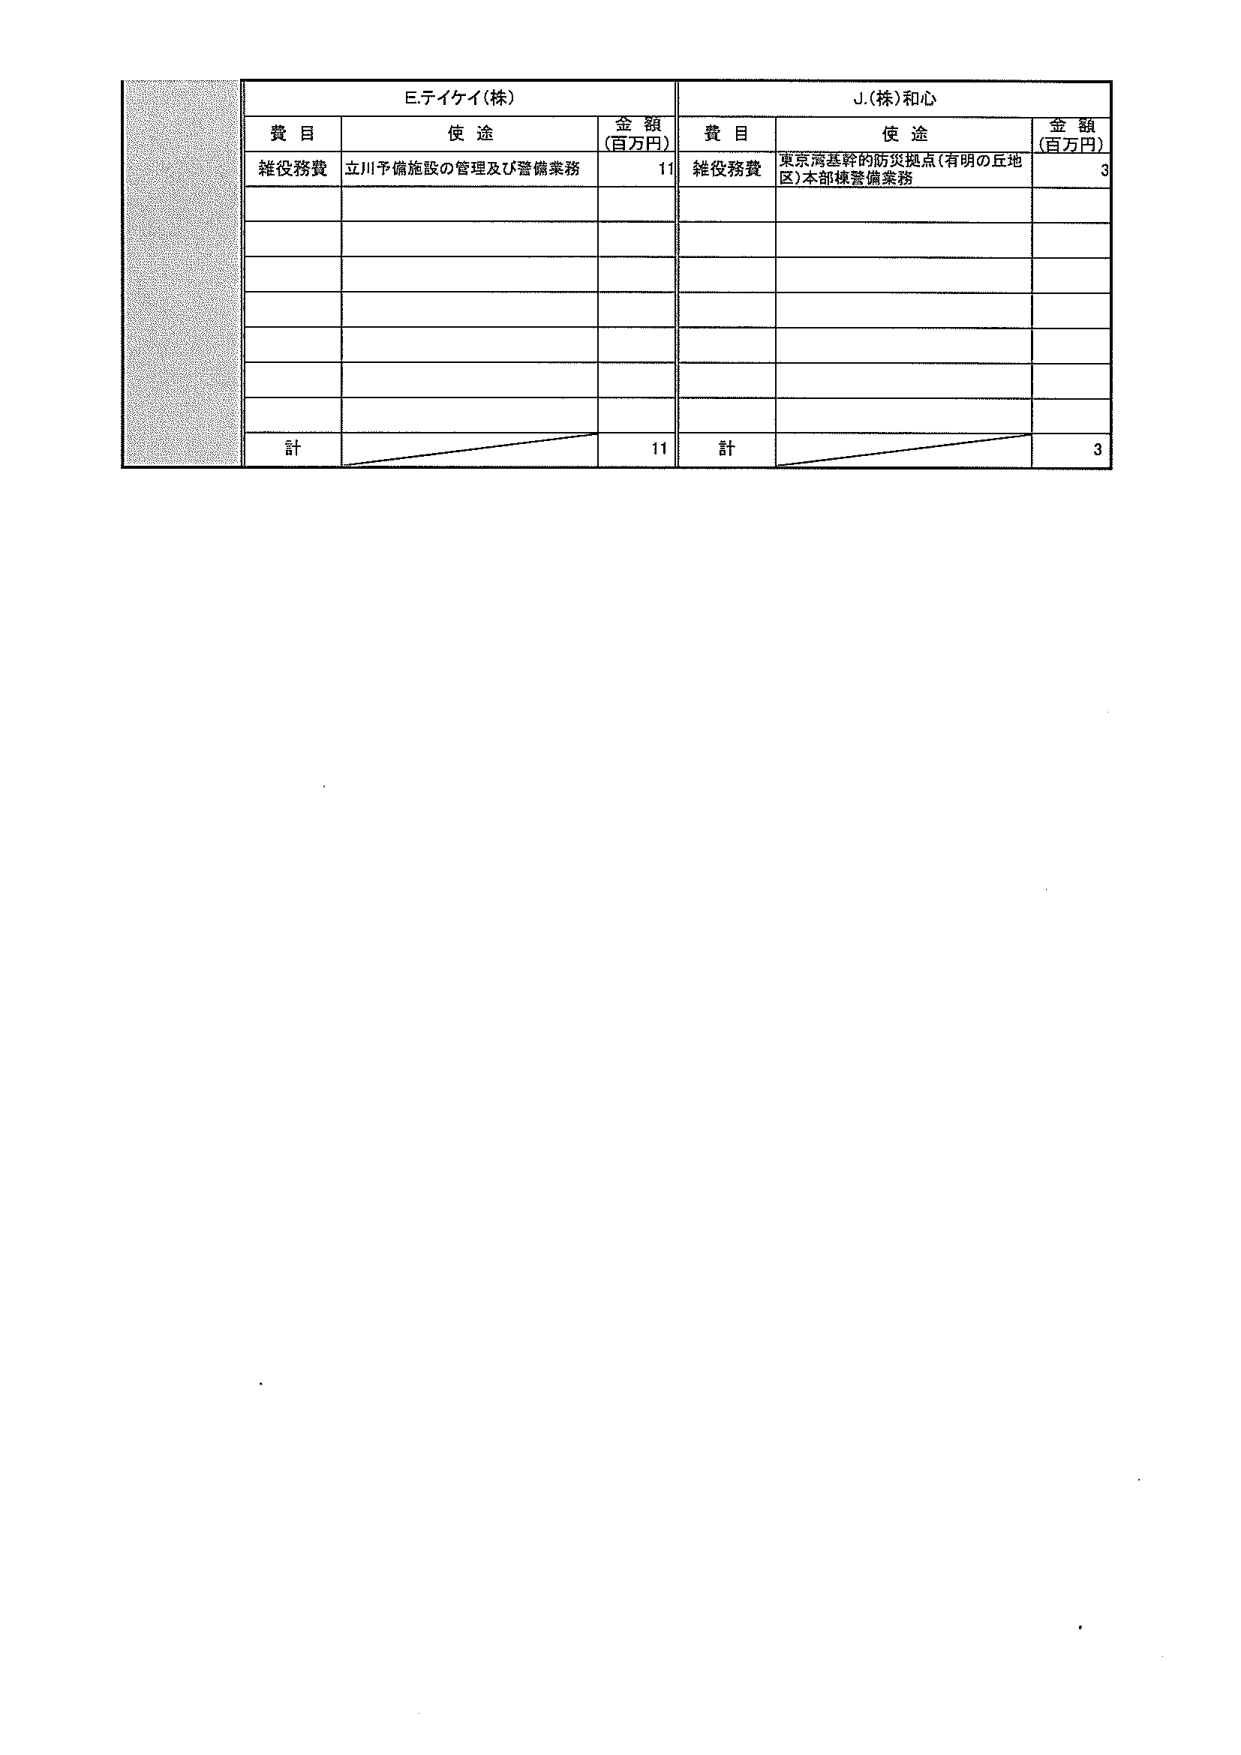
Ｅ.テイケイ（株）
費 目　　使 途　　金 額（百万円）
雑役務費　立川予備施設の管理及び警備業務　11
計　　　　　　　　　　　　　　　　　　11

Ｊ.（株）和心
費 目　　使 途　　金 額（百万円）
雑役務費　東京湾基幹的防災拠点（有明の丘地区）本部棟警備業務　3
計　　　　　　　　　　　　　　　　　　3